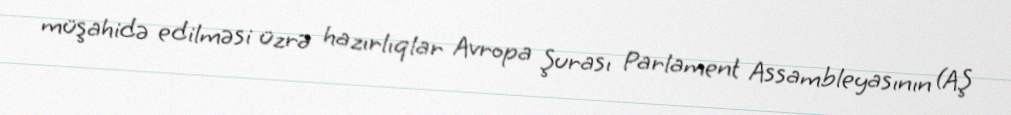
müşahidə edilməsi üzrə hazırlıqlar Avropa Şurası Parlament Assambleyasının (AŞ